Vabadussoja_Ajaloo_Komitee, lk 45
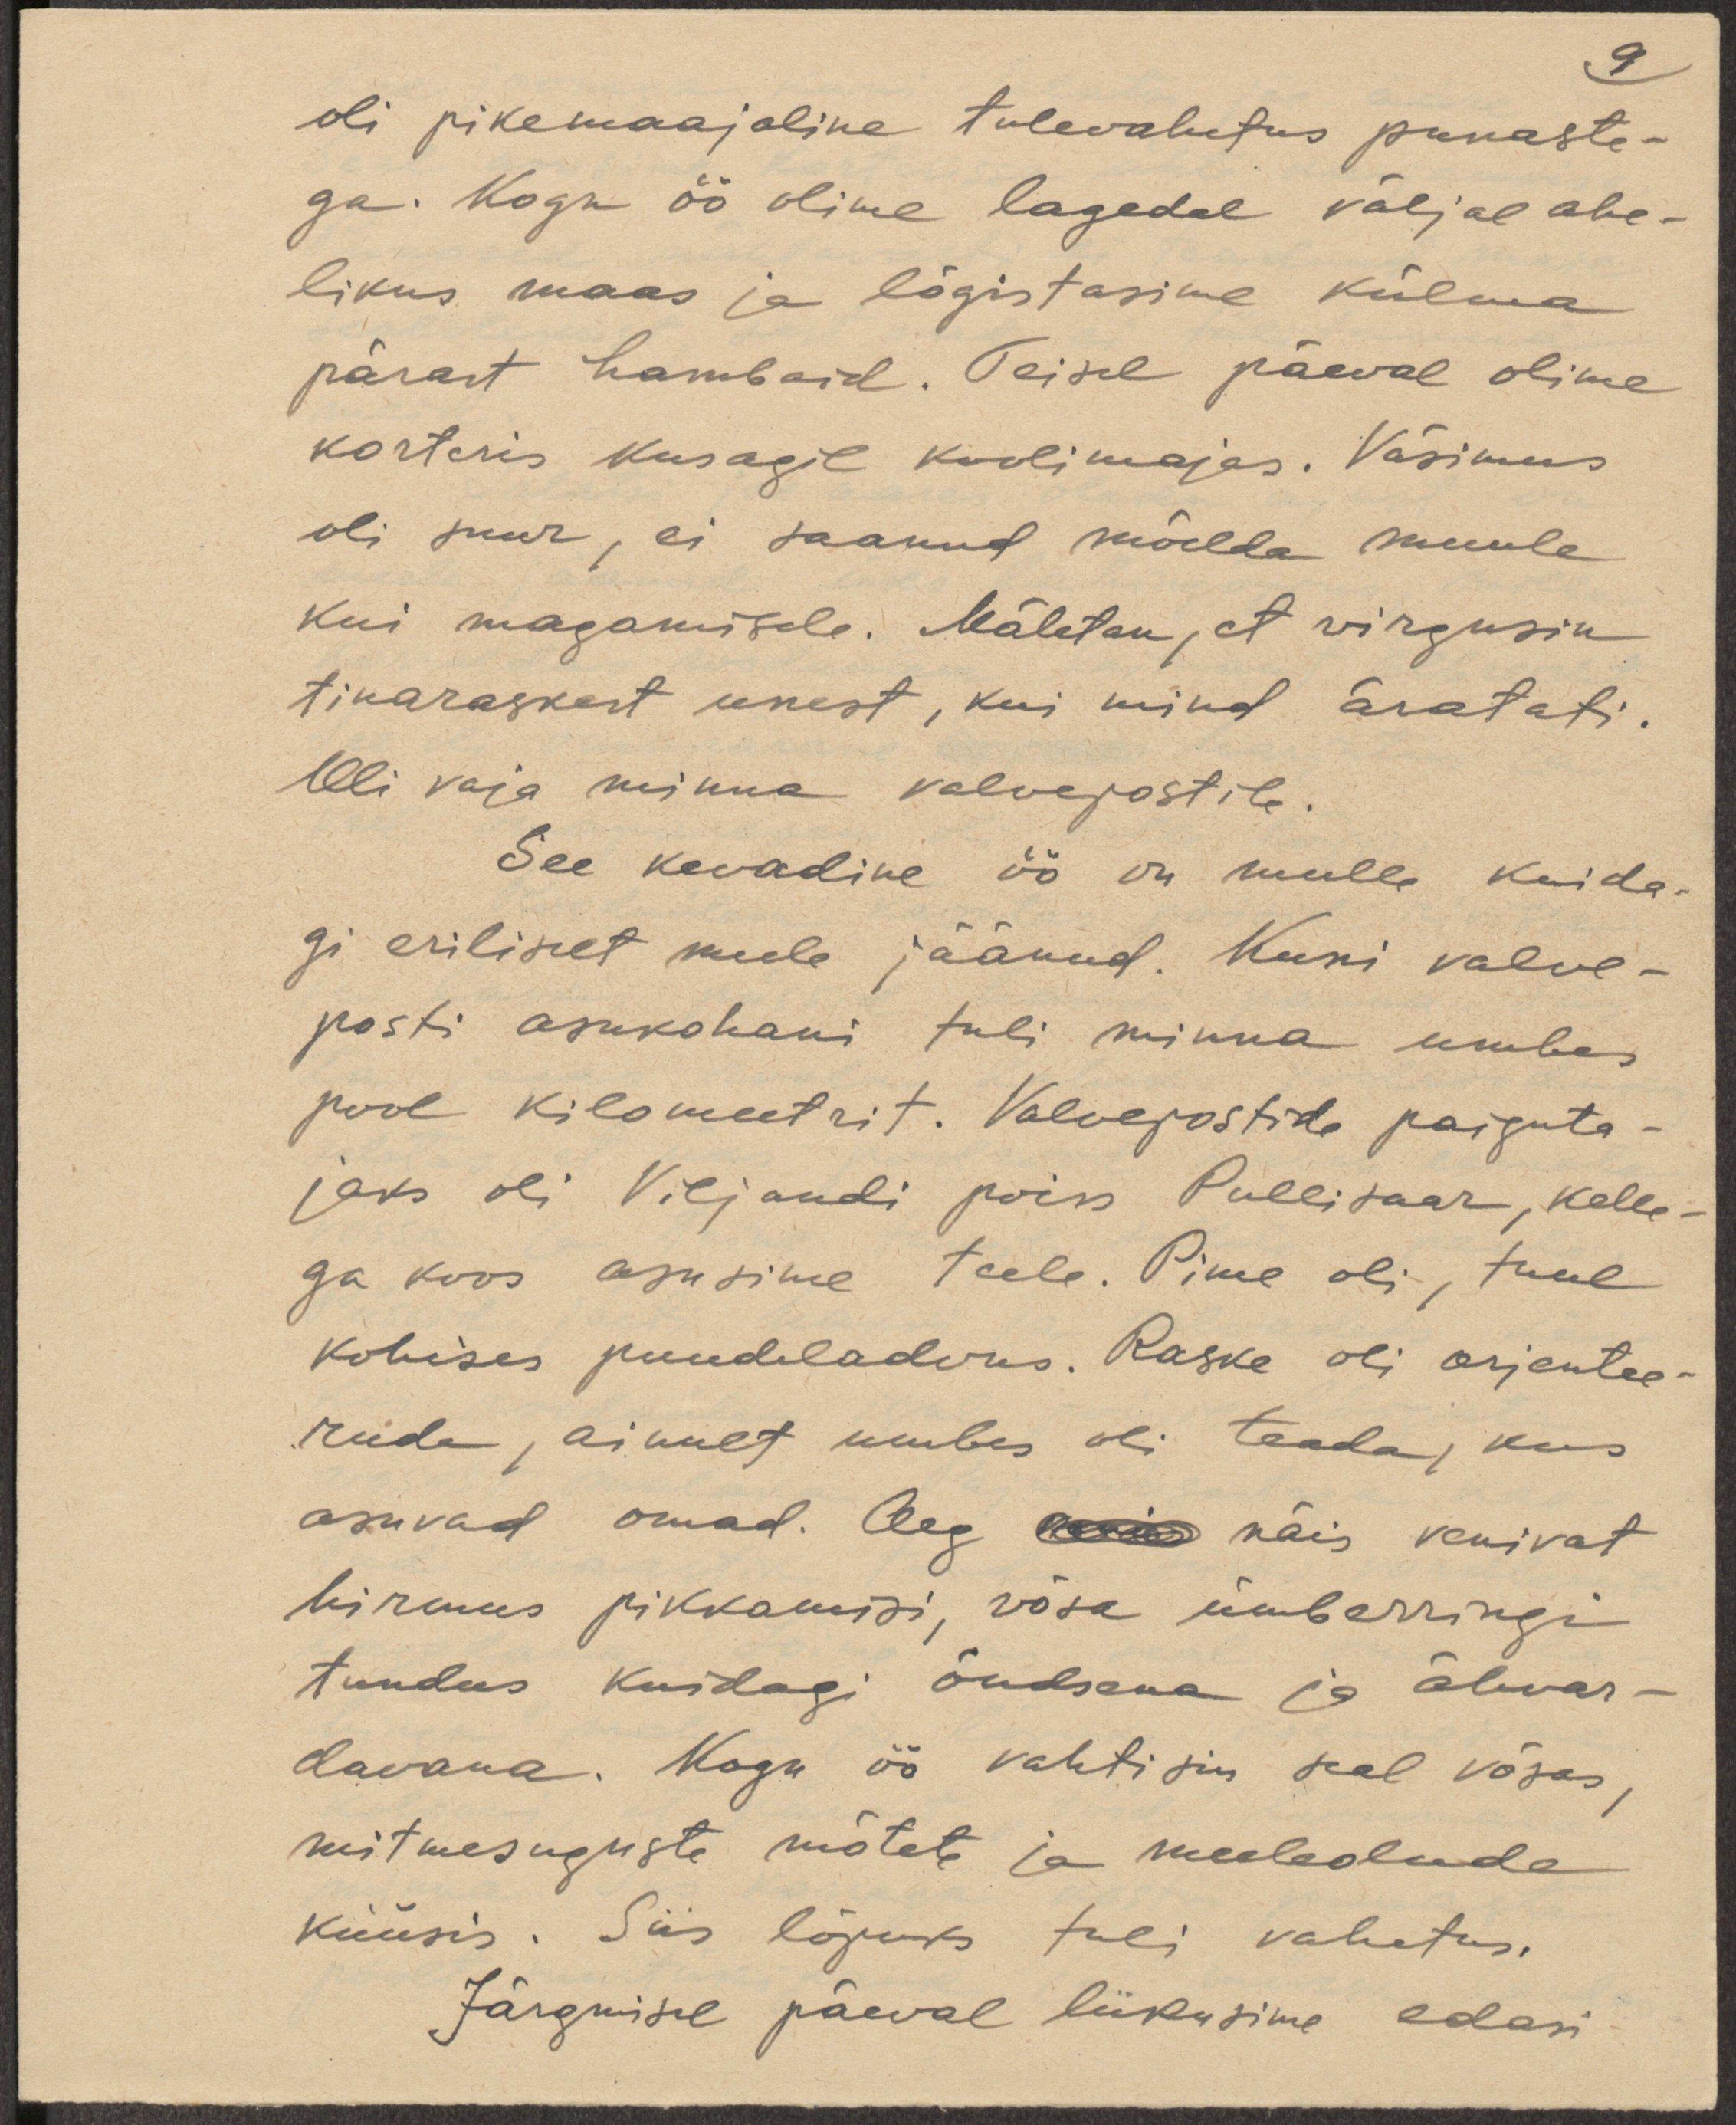
9
oli pikemaajaline tulevahetus punaste-
ga. Kogu öö olime lagedal väljal ahe-
likus maas ja lõgistasime külma
pärast hambaid. Teisel päeval olime
korteris kusagil koolimajas. Väsimus
oli suur, ei saanud mõelda muule
kui magamisele. Mäletan, et virgusin
tinaraskest unest, kui mind äratati.
Oli vaja minna valvepostile.
See kevadine öö on mulle kuida-
gi eriliselt meele jäänud. Kuni valve-
posti asukohani tuli minna umbes
pool kilomeetrit. Valvepostide paiguta-
jaks oli Viljandi poiss Pullisaar, kelle-
ga koos asusime teele. Pime oli, tuul
kohises puudeladvus. Raske oli orjentee-
ruda, ainult umbes oli teada, kus
asuvad omad. Aeg näis venivat
hirmus pikkamisi, võsa ümberringi
tundus kuidagi õudsana ja ähvar-
davana. Kogu öö vahtisin seal võsas,
mitmesuguste mõtete ja meeleolude
küüsis. Siis lõpuks tuli vahetus.
Järgmisel päeval liikusime edasi